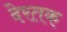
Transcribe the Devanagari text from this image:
देरतक